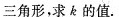
三角形，求ε的值。